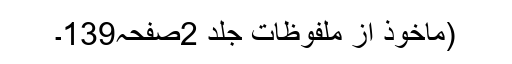
(ماخوذ از ملفوظات جلد 2صفحہ139۔